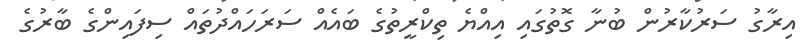
އިރާގު ސަރުކާރުން ބުނާ ގޮތުގައި އިއްޔެ ތިކްރީތުގެ ބައެއް ސަރަހައްދުތައް ސިފައިންގެ ބާރުގެ